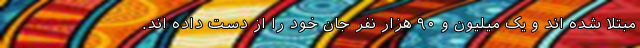
مبتلا شده اند و یک میلیون و ۹۰ هزار نفر جان خود را از دست داده اند.